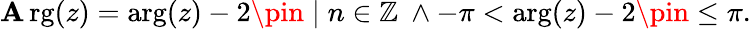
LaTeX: \operatorname{\mathbf{A}rg}(z)=\arg(z)-2\pin\; |\; n\in\mathbb{{Z}}\ \land-\pi<\arg(z)-2\pin\leq\pi.